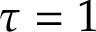
\tau = 1